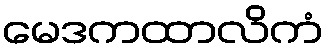
မေဒကထာလိကံ